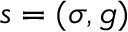
s = ( \sigma , g )